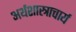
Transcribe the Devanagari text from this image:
अर्थशास्त्राचार्य